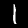
Label: 1